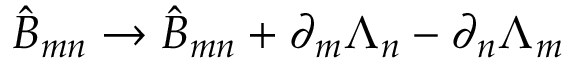
\hat { B } _ { m n } \rightarrow \hat { B } _ { m n } + \partial _ { m } \Lambda _ { n } - \partial _ { n } \Lambda _ { m }